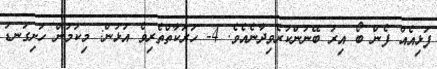
ފަޅިއެއް ފެން ބޯ އިރު ބޭނުންކުރެވިދާނެއެވެ. 4- ހަރަކާތްތެރިވެ އުޅުން: މިކަމުން ހަށިގަނޑު